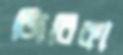
জিবিকা